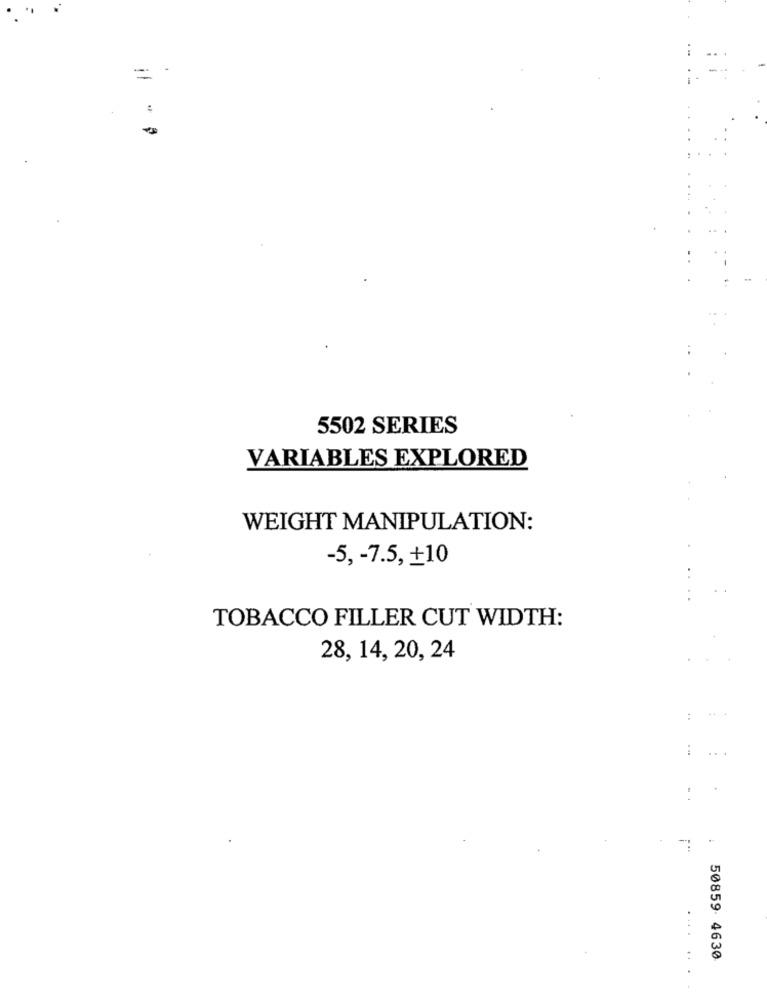
=
5502 SERIES
VARIABLES EXPLORED
WEIGHT MANIPULATION:
-5 ,- 7.5, +10
TOBACCO FILLER CUT WIDTH:
28, 14, 20, 24
:
50859 4630